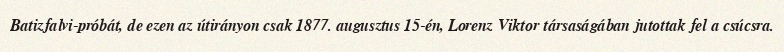
Batizfalvi-próbát, de ezen az útirányon csak 1877. augusztus 15-én, Lorenz Viktor társaságában jutottak fel a csúcsra.